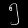
Digit: ၅